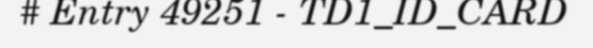
# Entry 49251 - TD1_ID_CARD